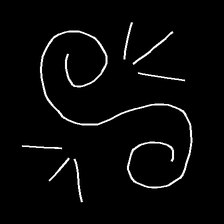
Glyph: wind-directs-air